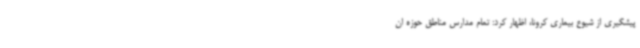
پیشگیری از شیوع بیماری کرونا، اظهار کرد: تمام مدارس مناطق حوزه ان